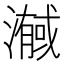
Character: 𭲼